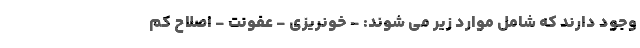
وجود دارند که شامل موارد زیر می شوند: - خونریزی - عفونت - اصلاح کم